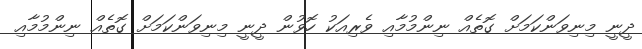
ދީނީ މިނިވަންކަމަށް ގޮތެއް ނިންމުމާއި ވެރިއަކު ހޮވުން ދީނީ މިނިވަންކަމަށް ގޮތެއް ނިންމުމާއި